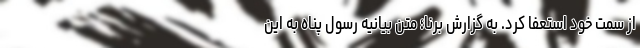
از سمت خود استعفا کرد. به گزارش برنا؛ متن بیانیه رسول پناه به این